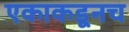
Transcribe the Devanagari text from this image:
एकाकडूनच